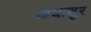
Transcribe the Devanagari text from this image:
अधासुर